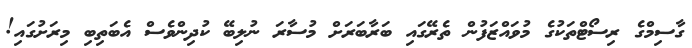
ގާސިމްގެ ރިސޯޓްތަކުގެ މުވައްޒަފުން ތެރޭގައި ބަރާބަރަށް މުސާރަ ނުލިބޭ ކުދިންވެސް އެބަތިބި މިރަށުގައި!